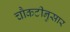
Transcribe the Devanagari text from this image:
चौकटीनुसार